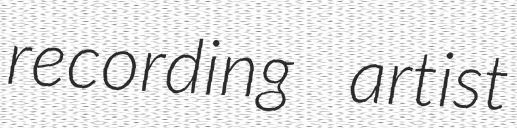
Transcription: recording artist